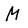
Character: M